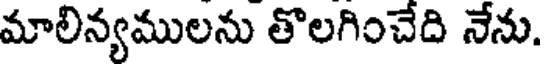
మాలిన్యములను తొలగించేది నేను.